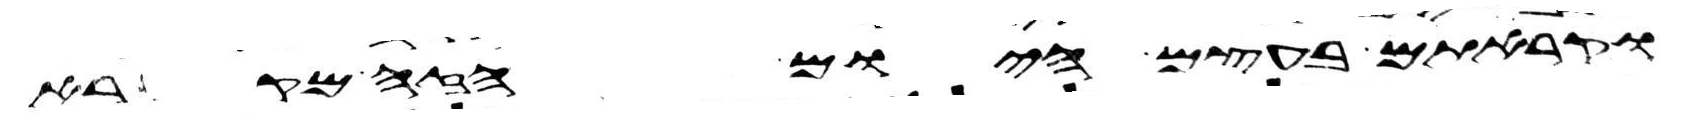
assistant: וקראתם בעצם היום הזה מקרא